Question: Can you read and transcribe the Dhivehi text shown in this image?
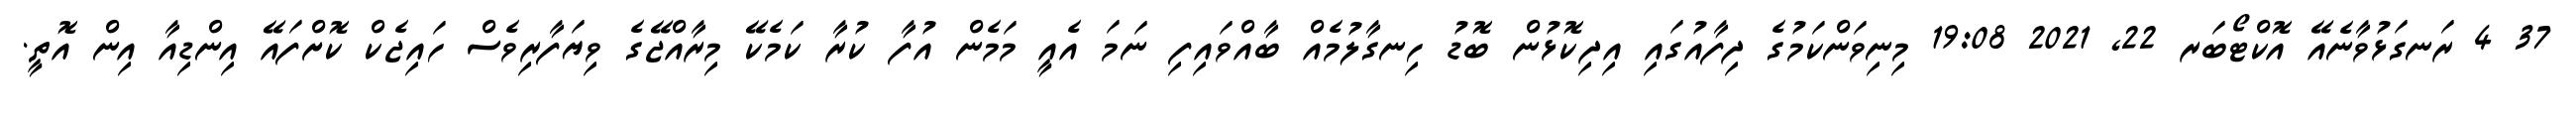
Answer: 37 4 ރަނގަޅުވާނެއޭ އޮކްޓޯބަރ 22, 2021 19:08 މިނިވަންކަމުގެ ދިފާއުގައި އިދިކޮޅުން ބޮޑު ހިނގާލުމެއް ބާއްވައިފި ނަމަ އެއީ މަމެން އުފާ ކުރާ ކަމެކޭ މިރާއްޖޭގެ ވިޔަފާރިވެސް ހައިޖެކް ކޮށްފައޭ އިންޑިއާ އިން އޮތީ.